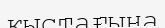
қыстағыңа